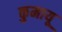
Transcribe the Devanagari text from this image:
कुमायू